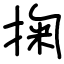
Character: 掬